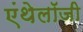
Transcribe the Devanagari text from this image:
एंथेलॉजी